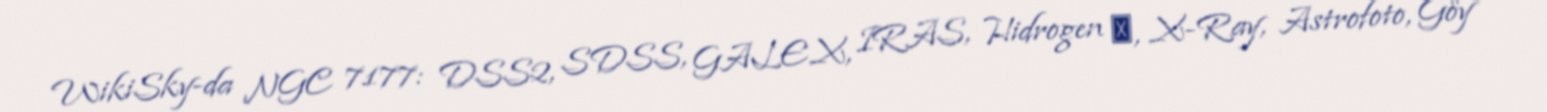
WikiSky-da NGC 7177: DSS2, SDSS, GALEX, IRAS, Hidrogen α, X-Ray, Astrofoto, Göy